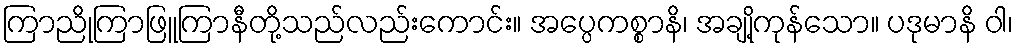
ကြာညိုကြာဖြူကြာနီတို့သည်လည်းကောင်း။ အပ္ပေကစ္စာနိ၊ အချို့ကုန်သော။ ပဒုမာနိ ဝါ၊